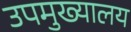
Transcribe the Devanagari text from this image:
उपमुख्यालय